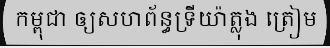
កម្ពុជា ឲ្យសហព័ន្ធទ្រីយ៉ាត្លុង ត្រៀម